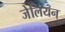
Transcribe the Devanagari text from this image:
जेलियन्